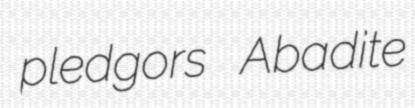
pledgors Abadite